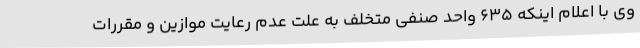
وی با اعلام اینکه 635 واحد صنفی متخلف به علت عدم رعایت موازین و مقررات